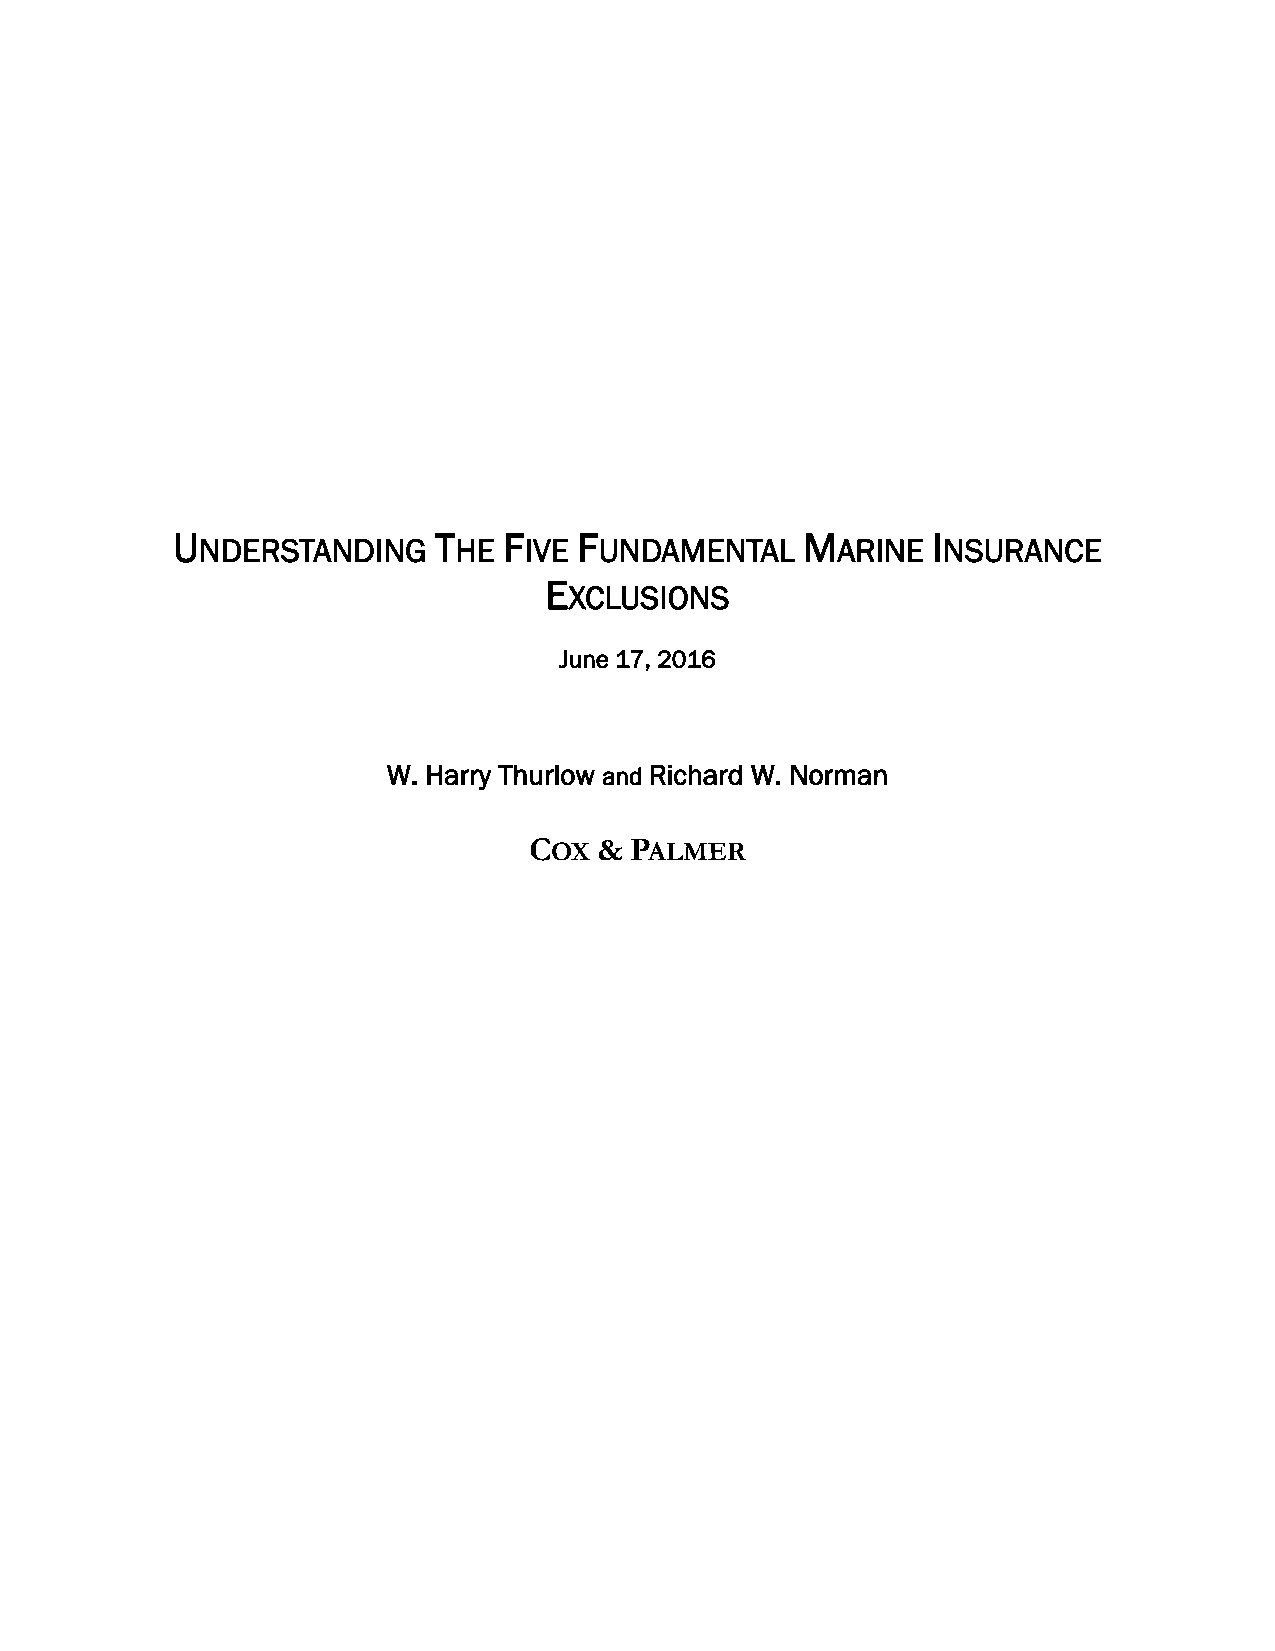
U                 T   F    F              M        I
 NDERSTANDING     HE   IVE  UNDAMENTAL     ARINE  NSURANCE
 E
 XCLUSIONS
 June 17, 2016
 W. Harry Thurlow and Richard W. Norman
 COX  & PALMER